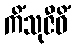
ကိံသုဇီဝိံ